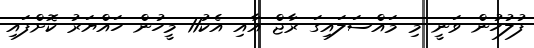
ފުލުހުން ވަނީ މި މައްސަލައިގަ ރާޖް އާއި އެކު11 މީހުން ހައްޔަރު ކޮށްފައި